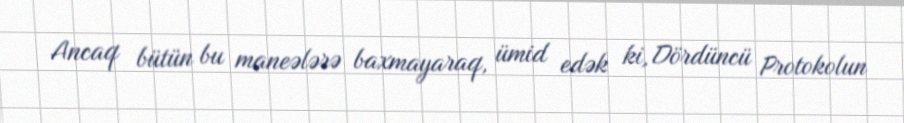
Ancaq bütün bu maneələrə baxmayaraq, ümid edək ki, Dördüncü Protokolun